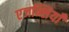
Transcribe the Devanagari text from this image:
एजन्सियाँ